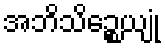
အဘိသိဉ္စေယျုံ